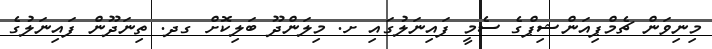
މިނިވަން ޗެމްޕިއަންޝިޕްގެ ސެމީ ފައިނަލުގައި ށ. މިލަންދޫ ބަލިކޮށް ގދ. ތިނަދޫން ފައިނަލުގެ